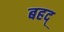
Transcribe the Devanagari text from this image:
बहद्